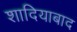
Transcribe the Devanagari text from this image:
शादियाबाद